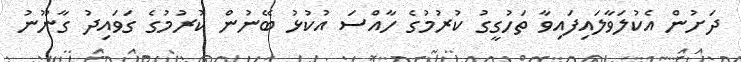
ދަށުން އެކުލަވާލައިފައިވާ ތަހުގީގު ކުރުމުގެ ހާއްސަ އުކުޅު ބޭނުން ކުރުމުގެ ގަވައިދު ގާނޫނު